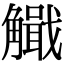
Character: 𧥄